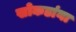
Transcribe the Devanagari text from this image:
खोकडांना